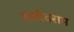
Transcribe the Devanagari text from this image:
बल्देवराम